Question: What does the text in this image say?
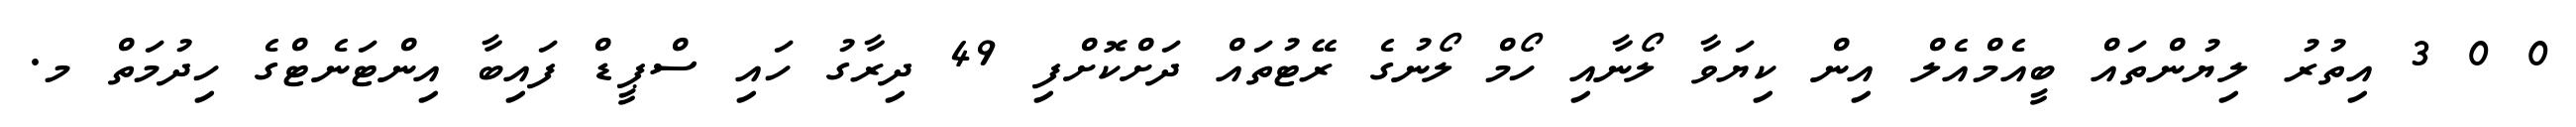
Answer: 0 0 3 އިތުރު ލިޔުންތައް ބީއެމްއެލް އިން ކިޔަވާ ލޯނާއި ހޯމް ލޯނުގެ ރޭޓުތައް ދަށްކޮށްފި 49 ދިރާގު ހައި ސްޕީޑް ފައިބާ އިންޓަނެޓްގެ ހިދުމަތް މ.